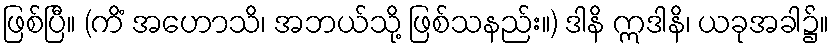
ဖြစ်ပြီ။ (ကိံ အဟောသိ၊ အဘယ်သို့ ဖြစ်သနည်း။) ဒါနိ ဣဒါနိ၊ ယခုအခါ၌။